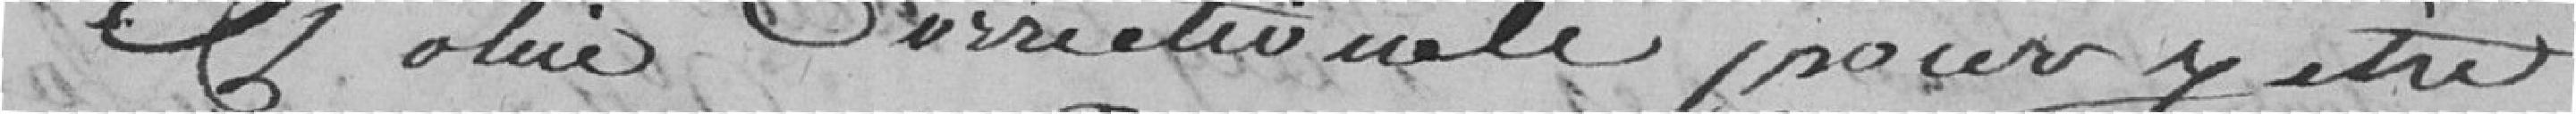
police correctionnelle pour y être